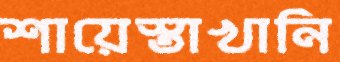
শায়েস্তাখানি